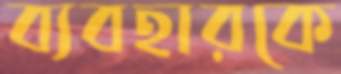
ব্যবহারকে